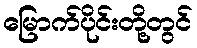
မြောက်ပိုင်းတို့တွင်